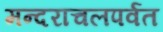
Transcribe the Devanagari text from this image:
मन्दराचलपर्वत